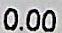
0.00